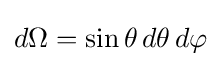
{\textstyle d\Omega =\sin \theta \,d\theta \,d\varphi }